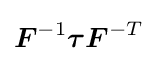
{\boldsymbol {F}}^{-1}{\boldsymbol {\tau }}{\boldsymbol {F}}^{-T}